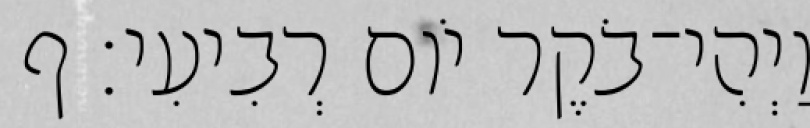
וַיְהִי־בֹקֶר יֹום רְבִיעִי׃ ף